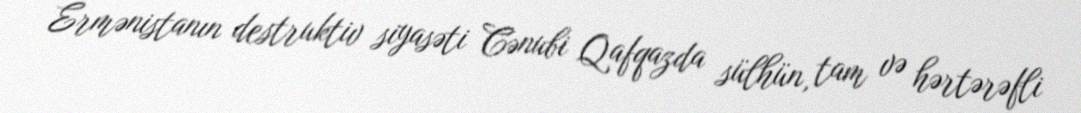
Ermənistanın destruktiv siyasəti Cənubi Qafqazda sülhün, tam və hərtərəfli